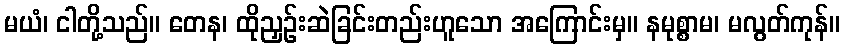
မယံ၊ ငါတို့သည်။ တေန၊ ထိုညှဉ်းဆဲခြင်းတည်းဟူသော အကြောင်းမှ။ နမုစ္စာမ၊ မလွတ်ကုန်။